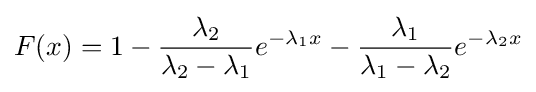
F(x)=1-{\frac {\lambda _{2}}{\lambda _{2}-\lambda _{1}}}e^{-\lambda _{1}x}-{\frac {\lambda _{1}}{\lambda _{1}-\lambda _{2}}}e^{-\lambda _{2}x}